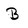
Character: B